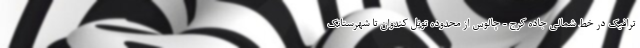
ترافیک در خط شمالی جاده کرج - چالوس از محدوده تونل کندوان تا شهرستانک